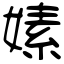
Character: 嫊